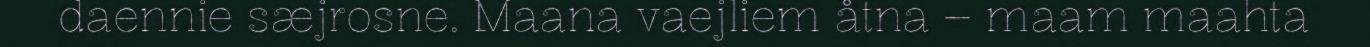
daennie sæjrosne. Maana vaejliem åtna – maam maahta